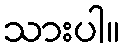
သားပါ။